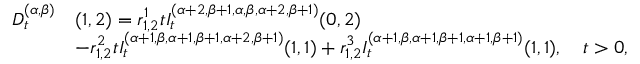
\begin{array} { r l } { D _ { t } ^ { ( \alpha , \beta ) } } & { ( 1 , 2 ) = r _ { 1 , 2 } ^ { 1 } t I _ { t } ^ { ( \alpha + 2 , \beta + 1 , \alpha , \beta , \alpha + 2 , \beta + 1 ) } { ( 0 , 2 ) } } \\ & { - r _ { 1 , 2 } ^ { 2 } t I _ { t } ^ { ( \alpha + 1 , \beta , \alpha + 1 , \beta + 1 , \alpha + 2 , \beta + 1 ) } { ( 1 , 1 ) } + r _ { 1 , 2 } ^ { 3 } I _ { t } ^ { ( \alpha + 1 , \beta , \alpha + 1 , \beta + 1 , \alpha + 1 , \beta + 1 ) } { ( 1 , 1 ) } , \quad t > 0 , } \end{array}